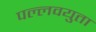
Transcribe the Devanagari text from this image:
पल्लवयुता